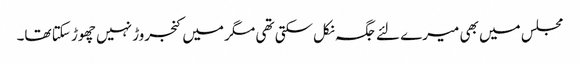
مجلس میں بھی میرے لئے جگہ نکل سکتی تھی مگر میں کنجروڑ نہیں چھوڑ سکتا تھا۔